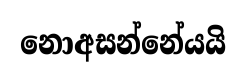
නොඅසන්නේයයි